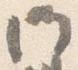
門